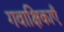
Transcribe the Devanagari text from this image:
गवाक्षिकाएँ